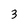
Character: 3